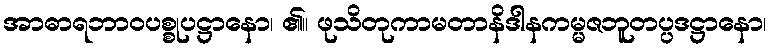
အာဓာရဘာဝပစ္စုပဋ္ဌာနော၊ ၏။ ဖုသိတုကာမတာနိဒါနကမ္မဇဘူတပ္ပဒဋ္ဌာနော၊